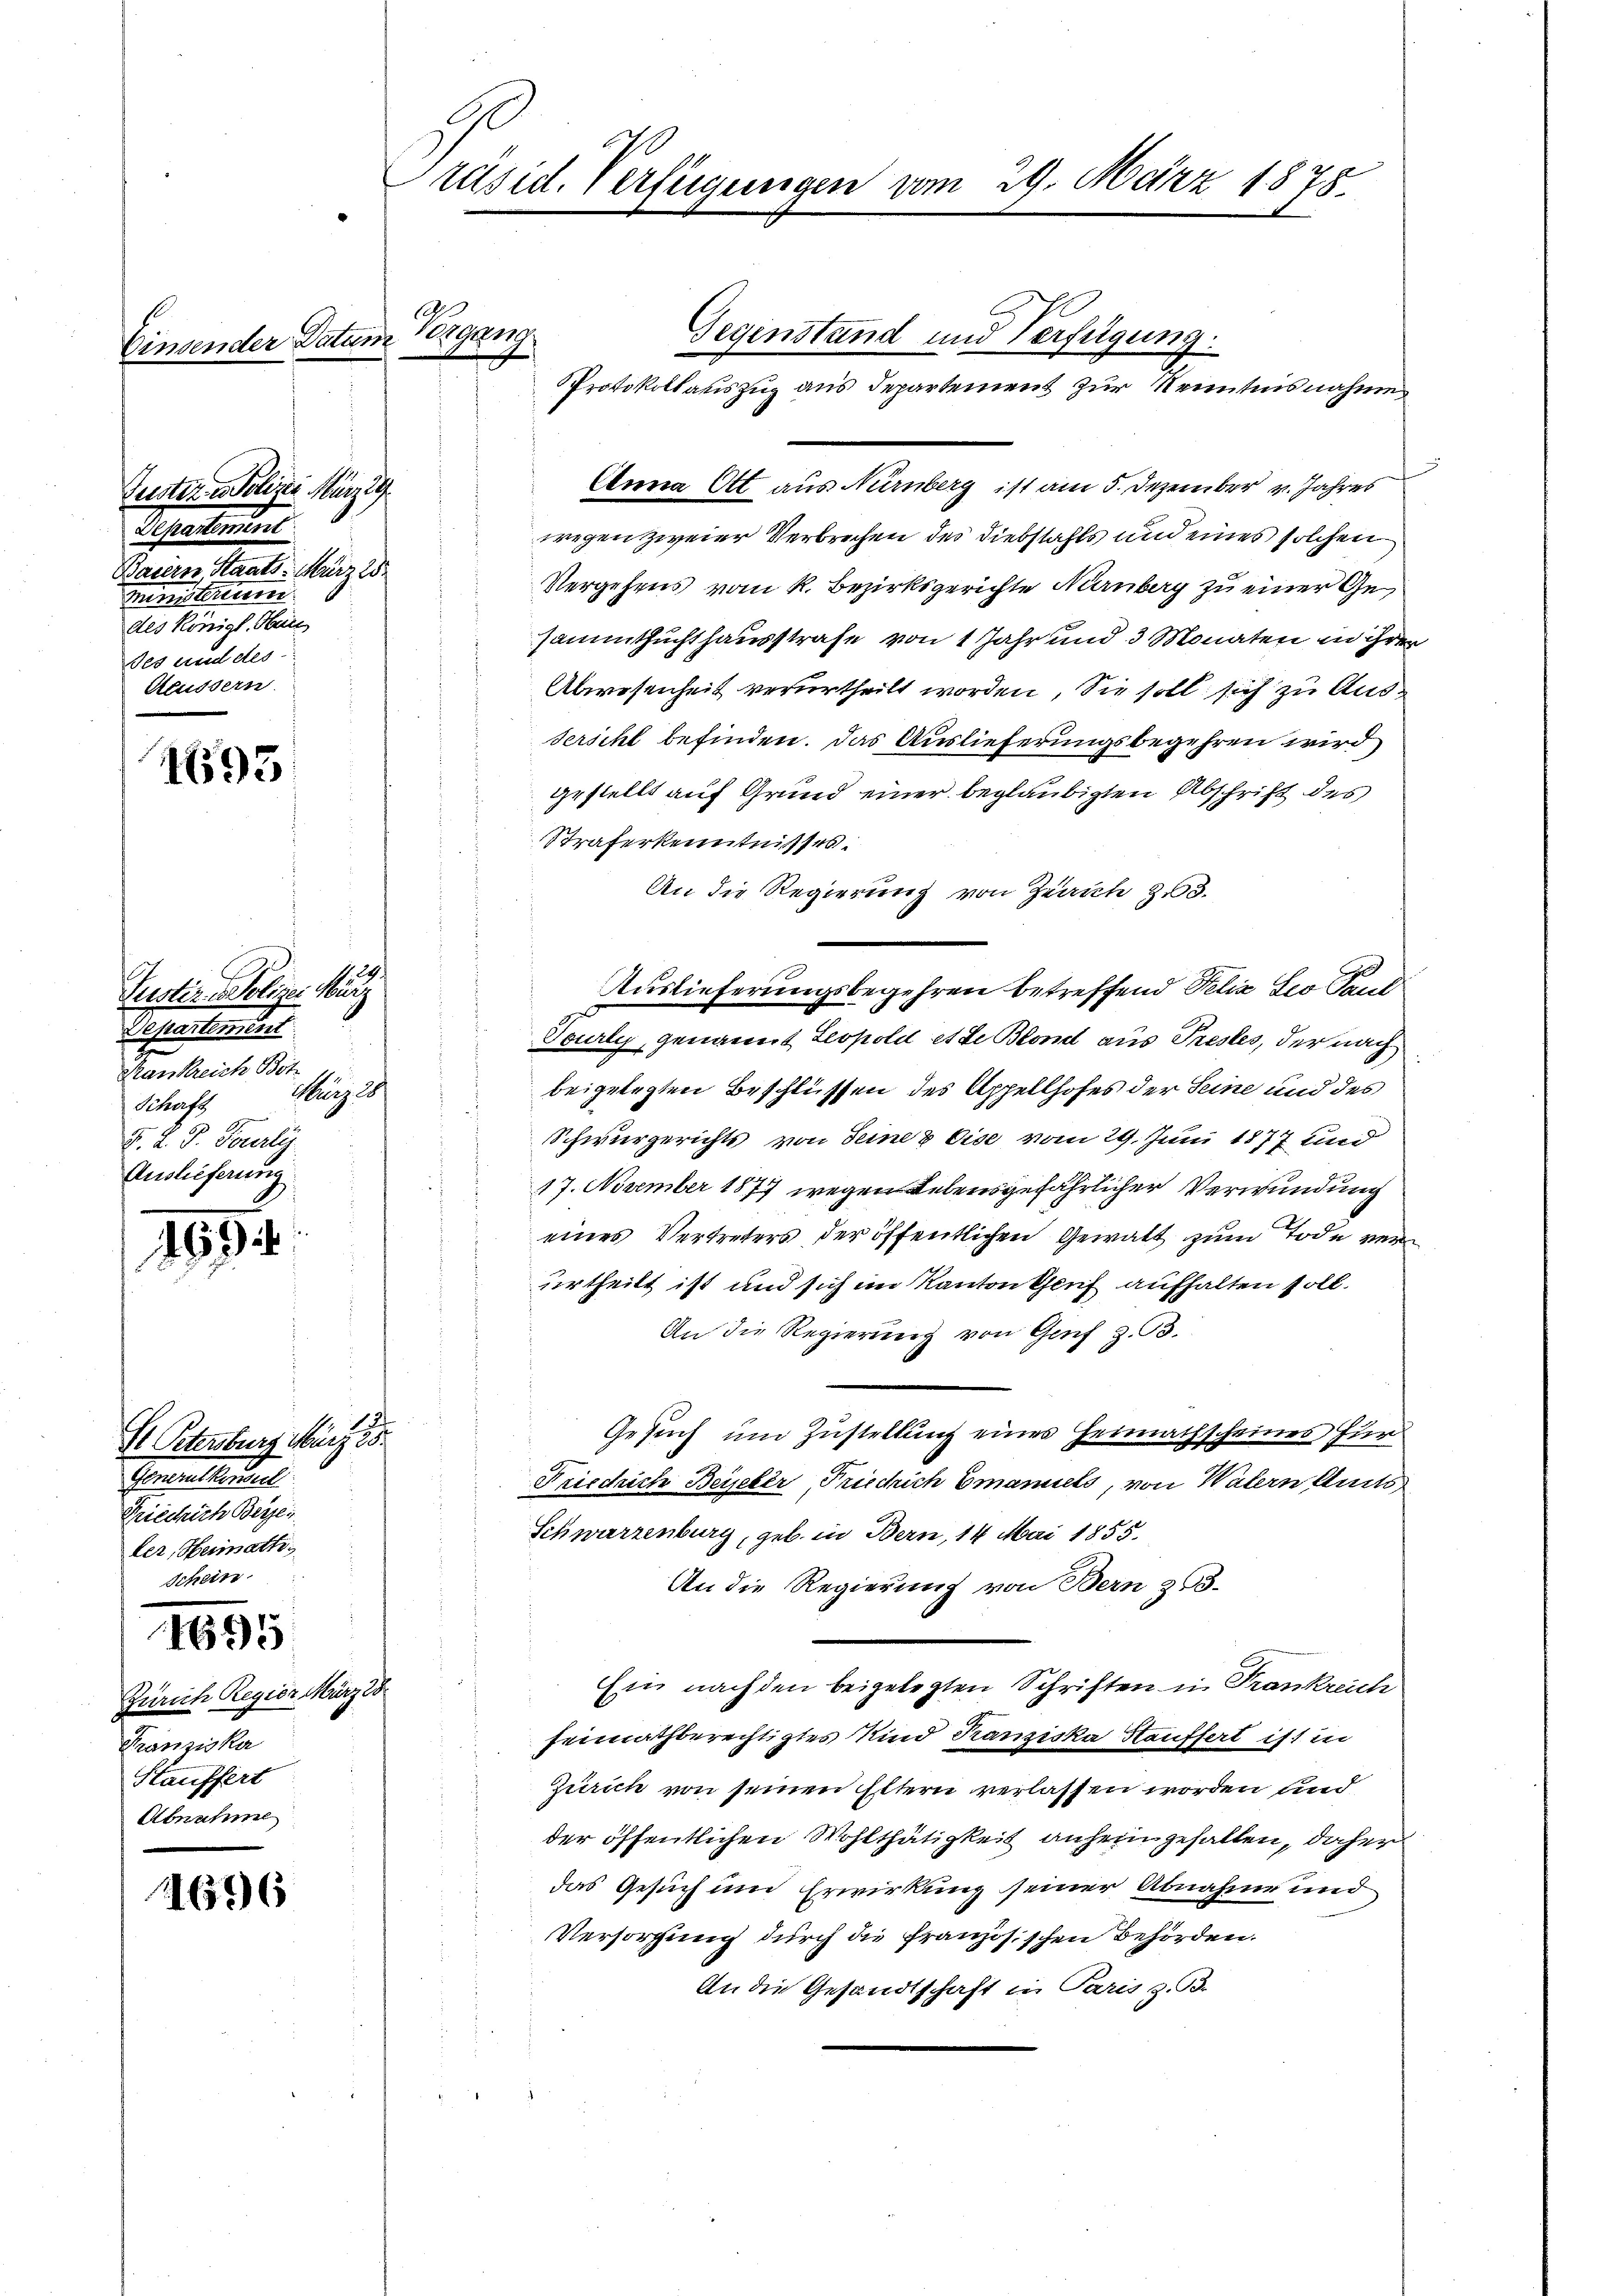
.
Einsender Datum Organg

Tuster in Polizei März 19
Separtement
Baiern, Staats- März 18
ministreum
des Königl. Hell
des und des
Aeussern

1693

Justiz - Polizei März
Tefestgeset
Krankreich Botz. 11.
Murz. 181
Schaft
E. R. P. Tously.
Auslieferung

169

St Petersburg März 185
Gesellschul
Friedrich Berei
ler, Heimath

4695

Zürich Regier März 18
Franziska
Hauffert
Abnahme

1696

Präsid. Verfügungen vom 29. März 1878.

1. 29.

Anna Ott aus Nürnberg ist am 5. Dezember v. Jahres
wegen zweier Verbrechen des Diebstahls und eines solchen
Vergehens vom k. Bezirksgerichte Nürnberg zu einer Gesammtsuchthausstrafe von 1 Jahr und 3 Monaten in ihrer
Abwesenheit verurtheilt worden, Sie soll sich zu Aus¬
Sersihl befinden. Das Auslieferungsbegehren wird
gestellt auf Grund einer beglaubigten Abschrift des
Straferkenntnisses.
An die Regierung von Zürich zu 3.
Auslieferungsbegehren betreffend Felix Sco Paul
f
Tourly, genannt Leopold et de Bland aus Prestes, der nach
beigelegten Beschlüssen des Appellhofes der Seine und des
Schwurgerichts von Seine & Eise vom 29. Juni 1877 und
17. November 1877 wegen Lebensgefährlicher Verwundung
eines Vertreters der öffentlichen Gewalt zum Tode verurtheilt ist und sich im Kantonsauf aufhalten soll.
An die Regierung von Grief z. B.
Gesuch um Zustellung eines Heimathscheines für
Friedrich Beiseber, Priechich Emanuels, von Watern Amts
Schwarzenburg, geb. in Bern, 14 Mai 1855.
An die Regierung von Bern 363.
Ein nach den beigelegten Schriften in Trankreich
seimathberechtigtes Kind Tranziska Häuffert ist in
Zürich von seinen Eltern verlassen worden und
der öffentlichen Wohlthätigkeit anhein gefallen, daher
das Gesuch und Erwirkung seiner Abnahme und
Versorgung durch die französischen Behörden.
An die Gesandtschaft in Paris z. B.

Gegenstand und Verfügung.

Protokollauszug aus Departement zur Kenntnisnahmen